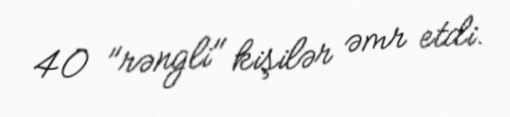
40 "rəngli" kişilər əmr etdi.